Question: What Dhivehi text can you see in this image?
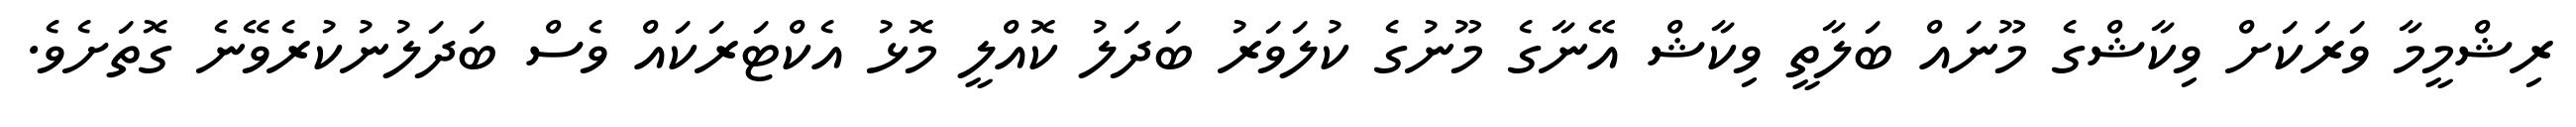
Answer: ރިޝްމީމާ ވަރަކަށް ވިކާޝްގެ މޫނައް ބަލާތީ ވިކާޝް އޭނާގެ މޫނުގެ ކުލަވަރު ބަދަލު ކޮއްލީ މޮޅު އެކްޓަރަކައް ވެސް ބަދަލުނުކުރެވޭނެ ގޮތަށެވެ.